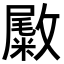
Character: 𪯚